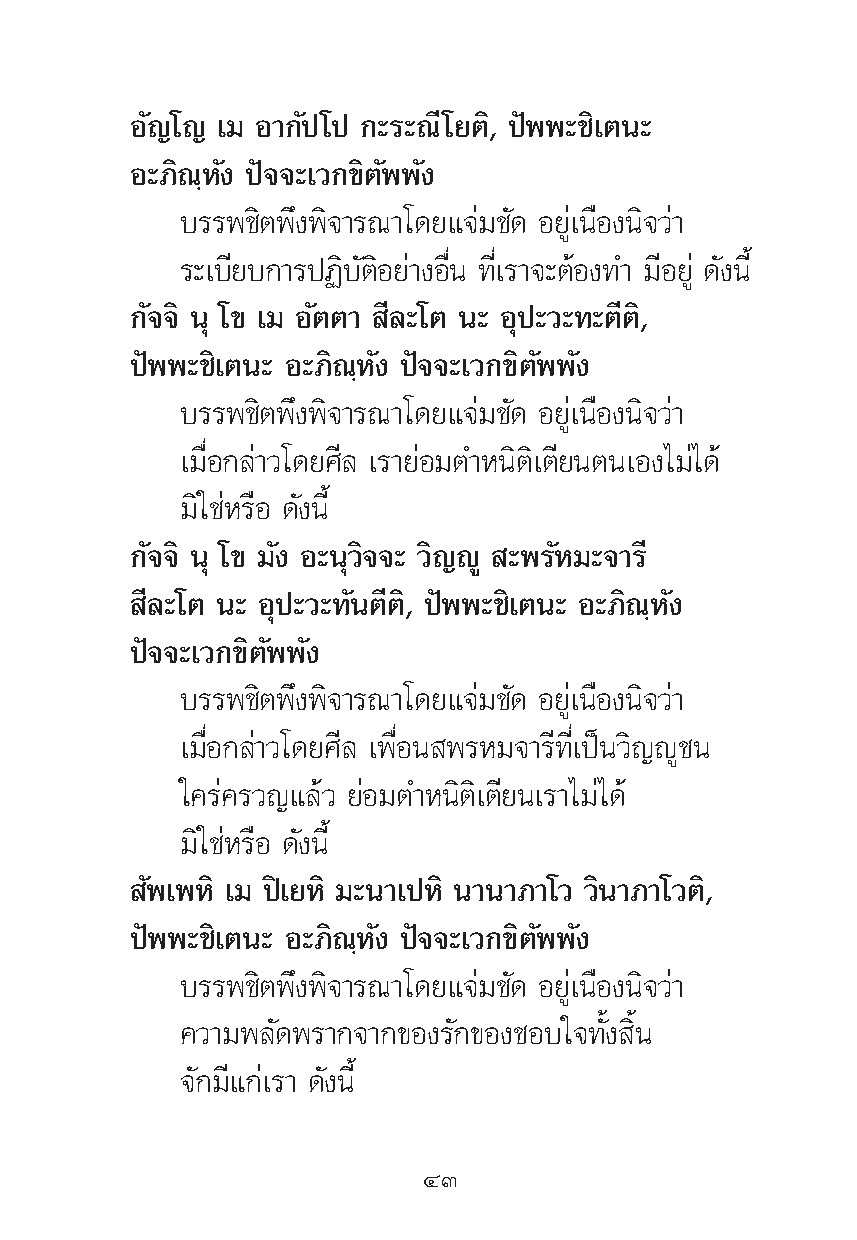
Õ—≠‚≠ ‡¡ Õ“°—ª‚ª °–√–≥’‚¬μ‘, ªíææ–™‘‡μπ–
 Õ–¿‘≥⁄À—ß ªí®®–‡«°¢‘μ—ææ—ß
 ∫√√æ™‘μæ÷ßæ‘®“√≥“‚¥¬·®à¡™—¥ Õ¬Ÿà‡π◊Õßπ‘®«à“
 √–‡∫’¬∫°“√ªØ‘∫—μ‘Õ¬à“ßÕ◊Ëπ ∑’Ë‡√“®–μâÕß∑” ¡’Õ¬Ÿà ¥—ßπ’È
 °—®®‘ πÿ ‚¢ ‡¡ Õ—μμ“ ’≈–‚μ π– Õÿª–«–∑–μ’μ‘,
 ªíææ–™‘‡μπ– Õ–¿‘≥⁄À—ß ªí®®–‡«°¢‘μ—ææ—ß
 ∫√√æ™‘μæ÷ßæ‘®“√≥“‚¥¬·®à¡™—¥ Õ¬Ÿà‡π◊Õßπ‘®«à“
 ‡¡◊ËÕ°≈à“«‚¥¬»’≈ ‡√“¬àÕ¡μ”Àπ‘μ‘‡μ’¬πμπ‡Õß‰¡à‰¥â
 ¡‘„™àÀ√◊Õ ¥—ßπ’È
 °—®®‘ πÿ ‚¢ ¡—ß Õ–πÿ«‘®®– «‘≠êŸ –æ√—À¡–®“√’
 ’≈–‚μ π– Õÿª–«–∑—πμ’μ‘, ªíææ–™‘‡μπ– Õ–¿‘≥⁄À—ß
 ªí®®–‡«°¢‘μ—ææ—ß
 ∫√√æ™‘μæ÷ßæ‘®“√≥“‚¥¬·®à¡™—¥ Õ¬Ÿà‡π◊Õßπ‘®«à“
 ‡¡◊ËÕ°≈à“«‚¥¬»’≈ ‡æ◊ËÕπ æ√À¡®“√’∑’Ë‡ªìπ«‘≠êŸ™π
 „§√à§√«≠·≈â« ¬àÕ¡μ”Àπ‘μ‘‡μ’¬π‡√“‰¡à‰¥â
 ¡‘„™àÀ√◊Õ ¥—ßπ’È
 —æ‡æÀ‘ ‡¡ ªî‡¬À‘ ¡–π“‡ªÀ‘ π“π“¿“‚« «‘π“¿“‚«μ‘,
 ªíææ–™‘‡μπ– Õ–¿‘≥⁄À—ß ªí®®–‡«°¢‘μ—ææ—ß
 ∫√√æ™‘μæ÷ßæ‘®“√≥“‚¥¬·®à¡™—¥ Õ¬Ÿà‡π◊Õßπ‘®«à“
 §«“¡æ≈—¥æ√“°®“°¢Õß√—°¢Õß™Õ∫„®∑—Èß ‘Èπ
 ®—°¡’·°à‡√“ ¥—ßπ’È
 ÙÛ